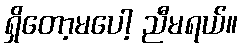
ရှိတော့မပေါ့ ညီမရယ်။